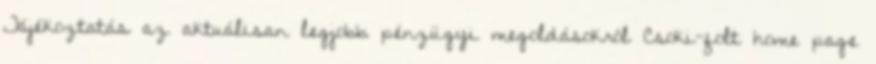
Tájékoztatás az aktuálisan legjobb pénzügyi megoldásokról Csoki-folt home page